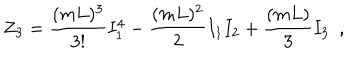
Z _ { 3 } = \frac { ( m L ) ^ { 3 } } { 3 ! } I _ { 1 } ^ { 4 } - \frac { ( m L ) ^ { 2 } } { 2 } I _ { 1 } I _ { 2 } + \frac { ( m L ) } { 3 } I _ { 3 } \, \, \, ,